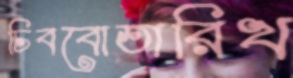
চিববোতারিখ